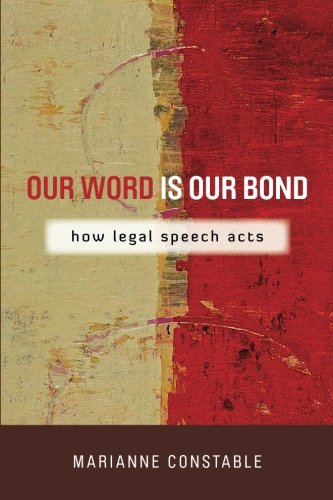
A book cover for Our Word Is Our Bond: How Legal Speech Acts (The Cultural Lives of Law); Marianne Constable; Law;